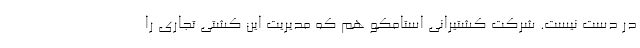
در دست نیست. شرکت کشتیرانی استامکو هم که مدیریت این کشتی تجاری را